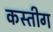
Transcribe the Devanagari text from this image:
कस्तीग